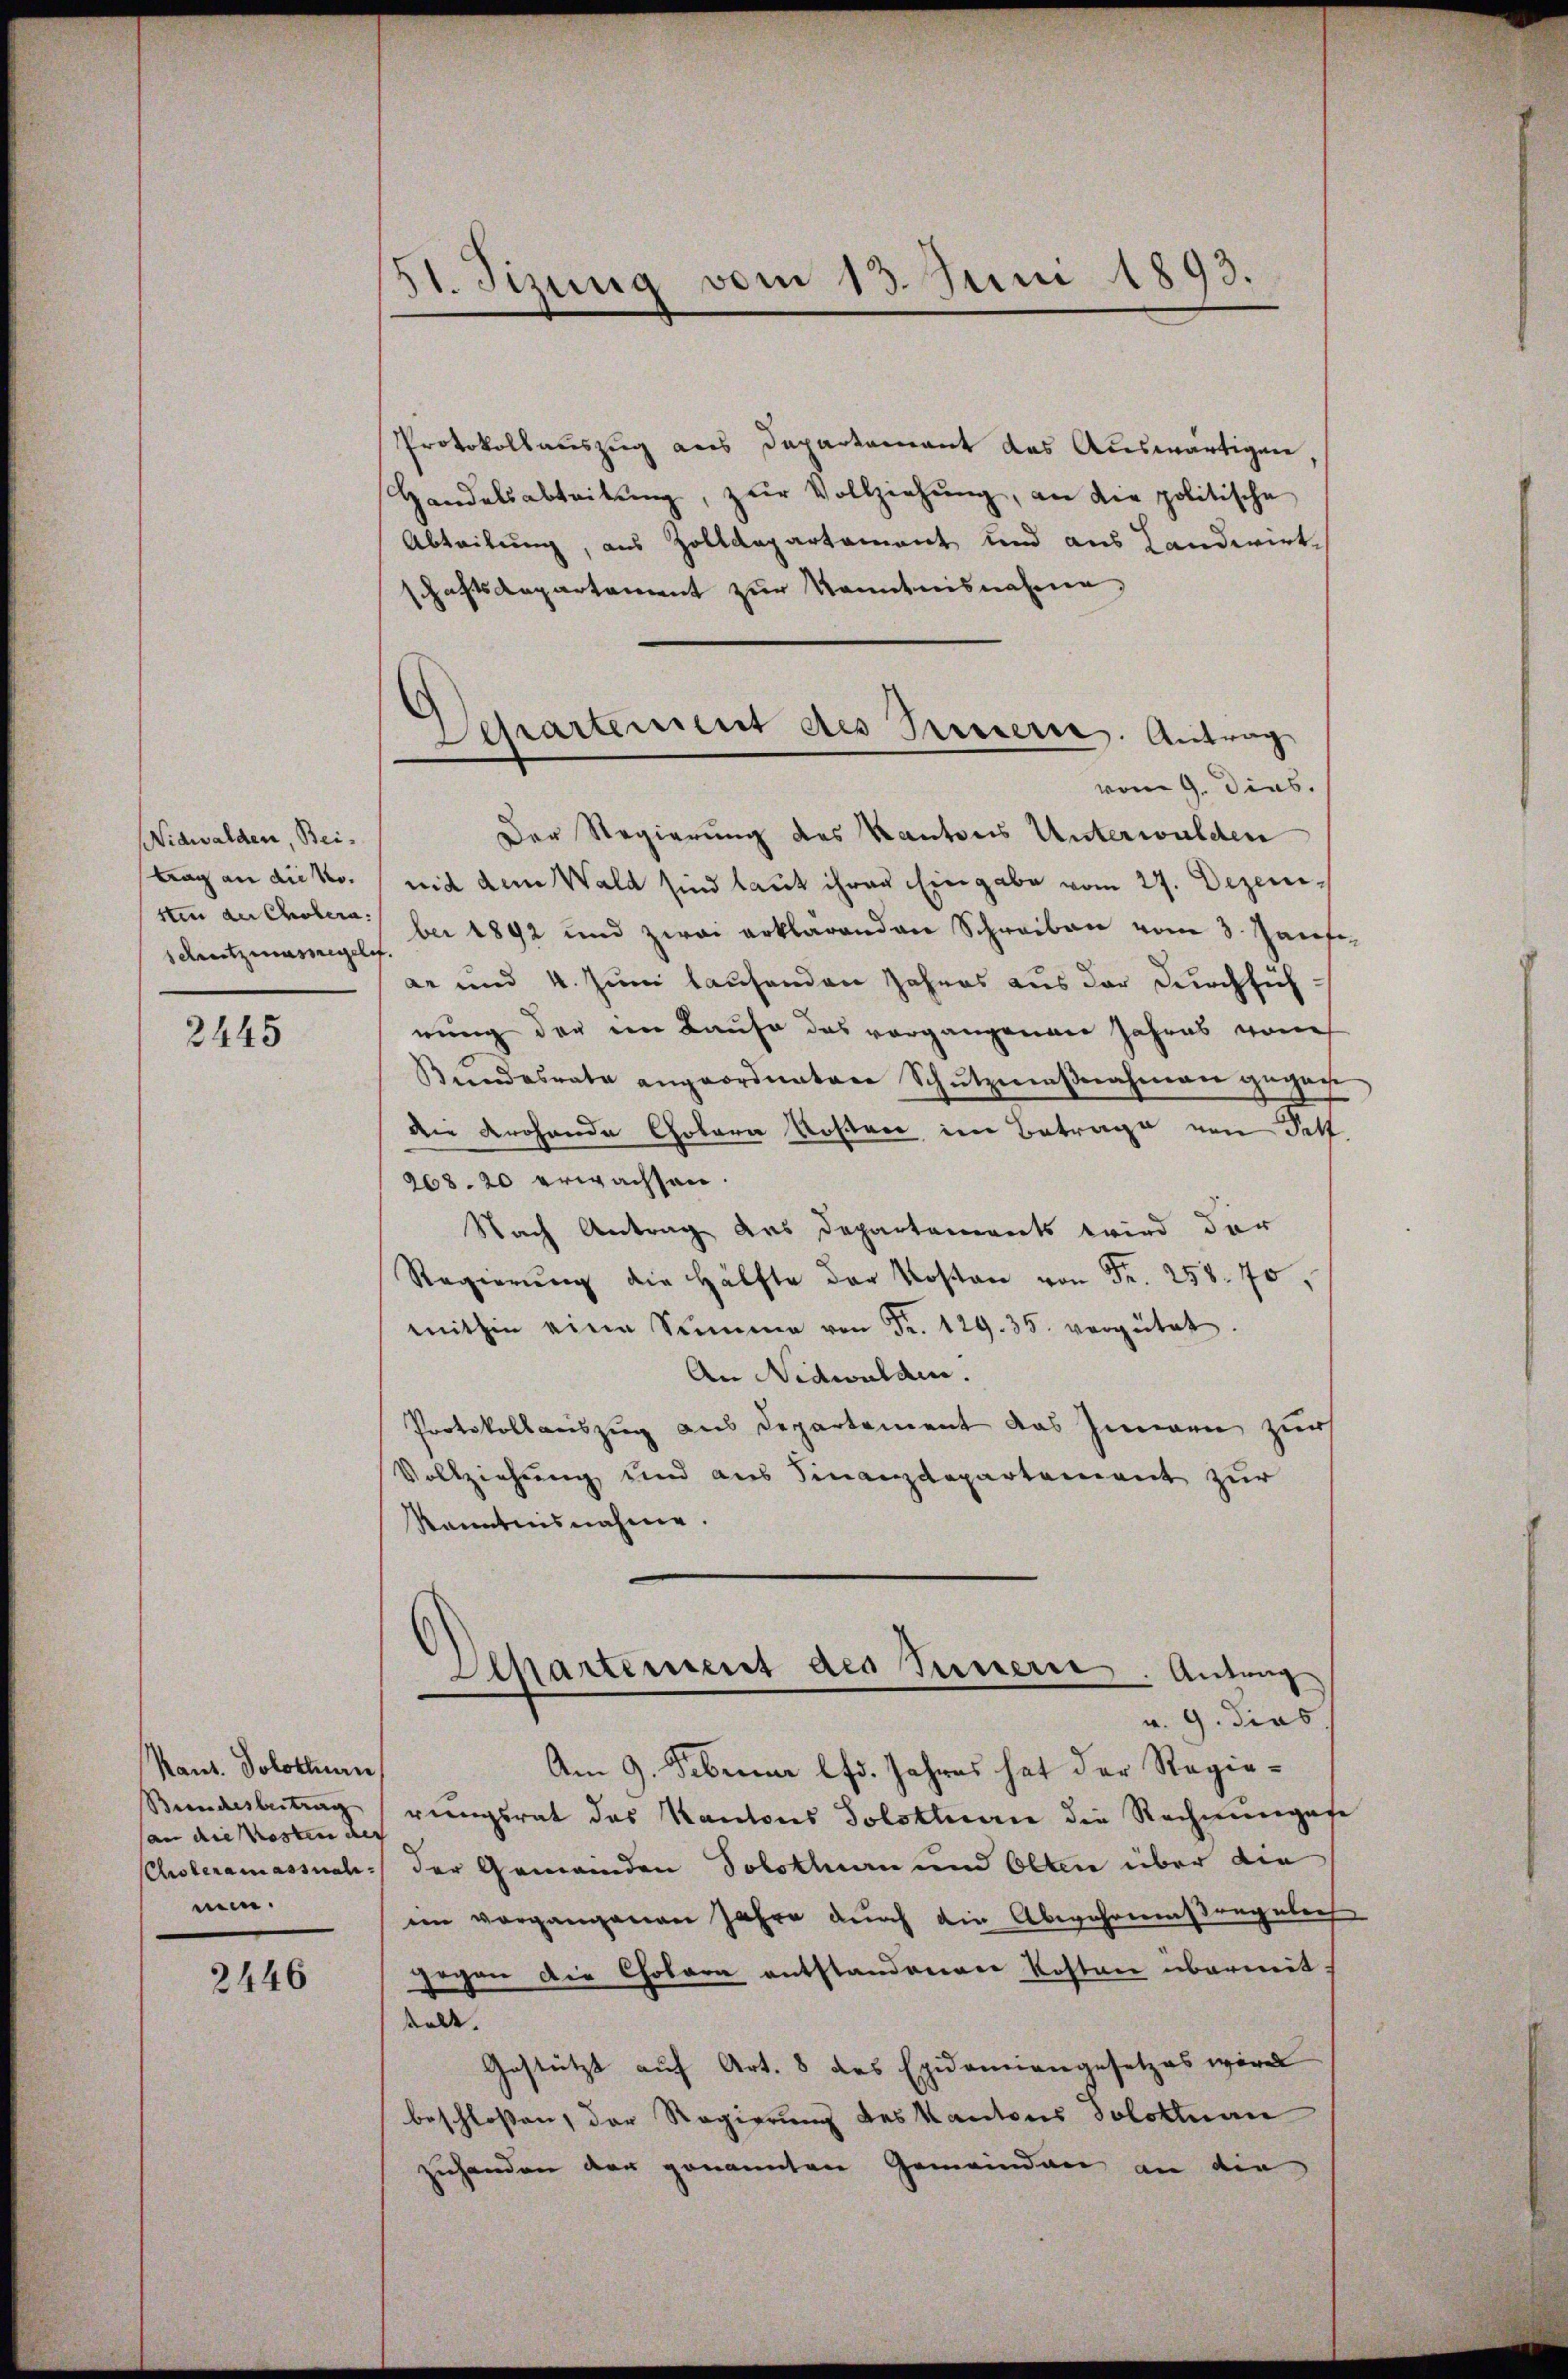
Nidwalden, Beitrag an die Nosten der Cholera.
Schreitzmassegeln

2445

Kant. Solothurn
Bundesbeitrag
an die Kosten des
Cisteramassnah
ni.

2446

21. Sizung vom 13. Juni 1893.

Departement des Treuer. Antrag
vom 9. Dies.

Protokollauszug aus Departement das Auswärtigen
Handelsabteilŭng, zŭr Vollziehŭng, an die politische
Abteilung, aus Zolldepartement und aus Landwirtschaftsaepartement zur Kenntnisnahme,
Der Regierung des Kantons Unterwalden
mid dem Wald sind laut ihrer Eingabe vom 27. Dezember 1892 und zwai erklärenden Schreiben vom 3. Janse
ar und 4. Juni lausenden Jahres aus der Durchführung der im Laufe das vorgangenen Jahres von
Bundesrate angeordnetene Schützmaβnahmen gegen
die frohende Colora Kosten im Betrage von Fett
268. 20 erwachsen.
Nach Antrag des Departements wird der
Regierŭng die Hälfte der Kosten von Fr. 258. 70,
mithin eine Summe von Fr. 129. 35. vergütet.
An Nidwalden.
Protokollauszug aus Departement das Immen zur
Vollziehung und aus Finanzdepartement zur
Kanntnisnahme.
Achartement des Tiere. Antrag
v. 9. dies
Am 9. Februar lfd. Jahres hat der Regierungsrat das Kantons Solothurn die Rechnungen
der Gemeinden Solothurn und Olten über die
im vorgangenen Jahre durch die Abwahresregelich
gegen die Chobara entstandererer Kosten übermit
stalt. |
Gestützt auf Art. 8 des Epidemiengesetzes wäre
beschlossen, der Regierung des Kantons Solothuan
zuhanden der genannten Gemeinden an die